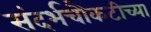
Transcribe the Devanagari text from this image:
संदर्भचौकटीच्या